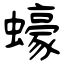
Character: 蠔